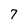
Character: 7